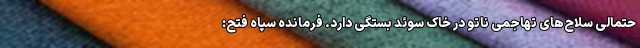
حتمالی سلاح‌های تهاجمی ناتو در خاک سوئد بستگی دارد. فرمانده سپاه فتح: